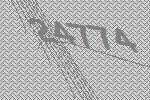
24774